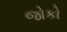
જોકો